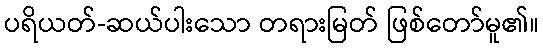
ပရိယတ်-ဆယ်ပါးသော တရားမြတ် ဖြစ်တော်မူ၏။